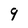
Character: 9